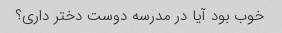
خوب بود آیا در مدرسه دوست دختر داری؟